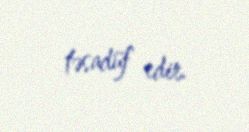
təsadüf edir.